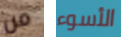
من الأسوء